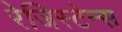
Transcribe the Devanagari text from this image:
रेजिस्टेन्स